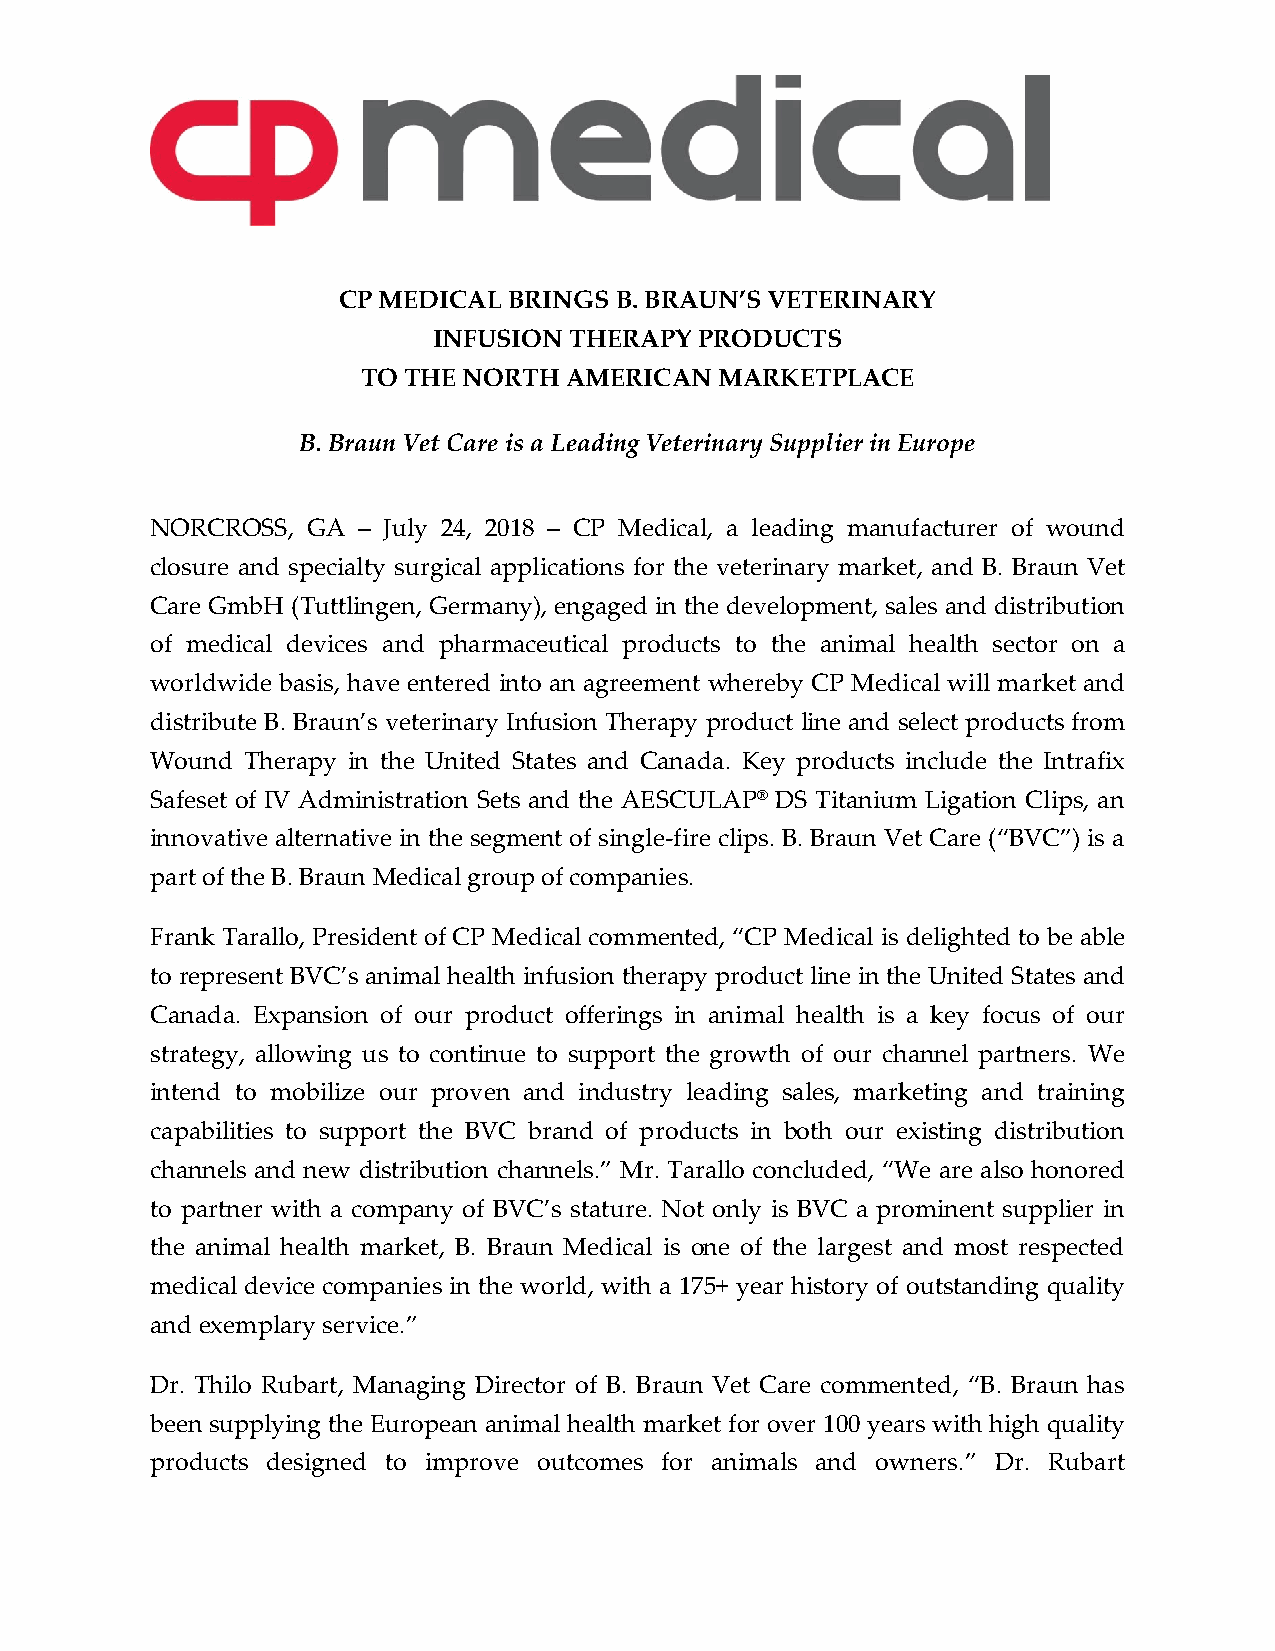
CP MEDICAL  BRINGS B. BRAUN’S VETERINARY
 INFUSION THERAPY PRODUCTS
 TO THE NORTH AMERICAN   MARKETPLACE
 B. Braun Vet Care is a Leading Veterinary Supplier in Europe
 NORCROSS, GA  – July 24, 2018 – CP Medical, a leading manufacturer of wound
 closure and specialty surgical applications for the veterinary market, and B. Braun Vet
 Care GmbH (Tuttlingen, Germany), engaged in the development, sales and distribution
 of medical devices and pharmaceutical products to the animal health sector on a
 worldwide basis, have entered into an agreement whereby CP Medical will market and
 distribute B. Braun’s veterinary Infusion Therapy product line and select products from
 Wound Therapy in the United States and Canada. Key products include the Intrafix
 Safeset of IV Administration Sets and the AESCULAP® DS Titanium Ligation Clips, an
 innovative alternative in the segment of single-fire clips. B. Braun Vet Care (“BVC”) is a
 part of the B. Braun Medical group of companies.
 Frank Tarallo, President of CP Medical commented, “CP Medical is delighted to be able
 to represent BVC’s animal health infusion therapy product line in the United States and
 Canada. Expansion of our product offerings in animal health is a key focus of our
 strategy, allowing us to continue to support the growth of our channel partners. We
 intend to mobilize our proven and industry leading sales, marketing and training
 capabilities to support the BVC brand of products in both our existing distribution
 channels and new distribution channels.” Mr. Tarallo concluded, “We are also honored
 to partner with a company of BVC’s stature. Not only is BVC a prominent supplier in
 the animal health market, B. Braun Medical is one of the largest and most respected
 medical device companies in the world, with a 175+ year history of outstanding quality
 and exemplary service.”
 Dr. Thilo Rubart, Managing Director of B. Braun Vet Care commented, “B. Braun has
 been supplying the European animal health market for over 100 years with high quality
 products designed to improve outcomes for animals and owners.” Dr. Rubart